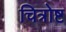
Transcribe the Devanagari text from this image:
चित्रोष्ट